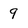
Character: 9